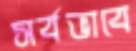
সর্বভাবে